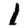
Digit: 1